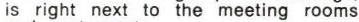
is right next to the meeting rooms